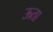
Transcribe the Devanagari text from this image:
ऊता